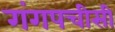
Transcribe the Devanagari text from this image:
गंगपचीसी